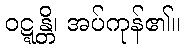
ဝဋ္ဋန္တိ၊ အပ်ကုန်၏။